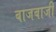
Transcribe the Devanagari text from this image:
बाजबाजी